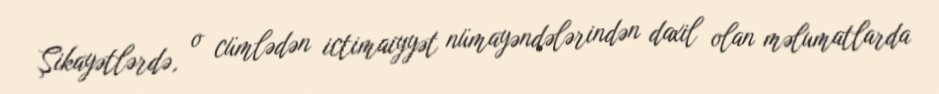
Şikayətlərdə, o cümlədən ictimaiyyət nümayəndələrindən daxil olan məlumatlarda